NAE_ERA_R-2324_Eesti_Vabariigi_Pohiseaduslik_Assamblee, lk 26
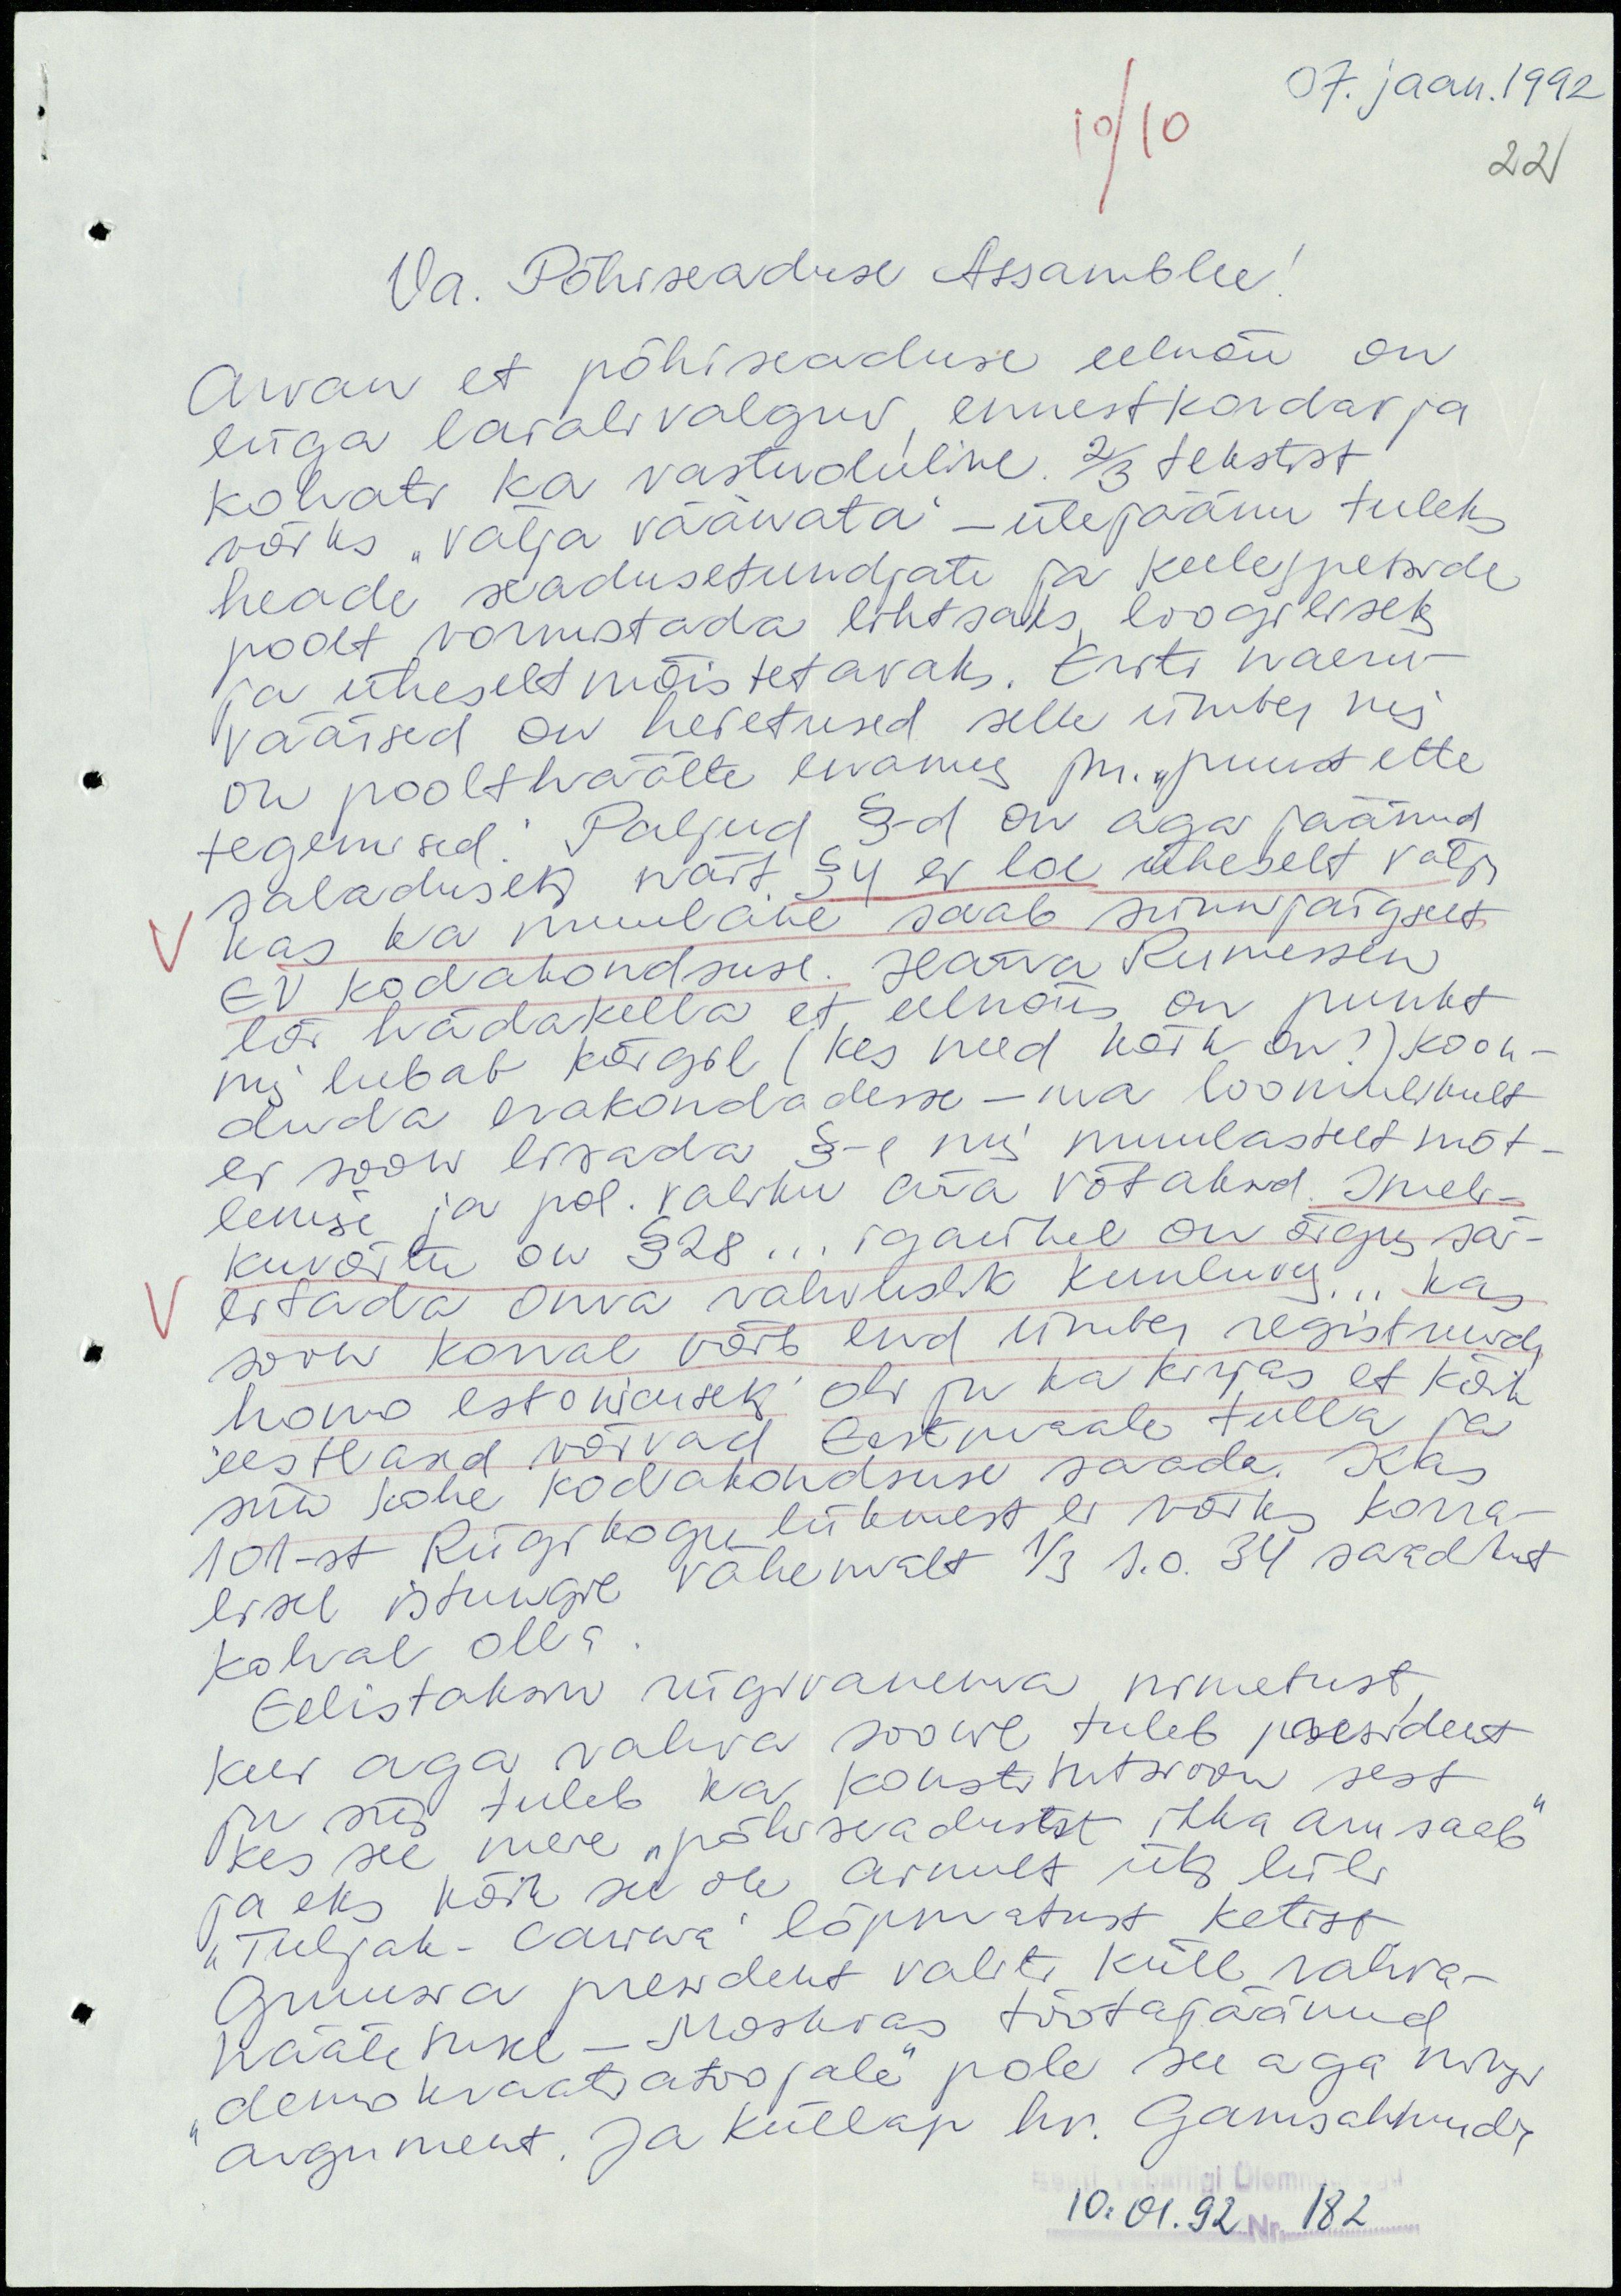
07. jaan. 1992
10/10
22
Va. Põhiseaduse Assamblee!
Arvan et põhiseaduse eelnõu on
liiga laialivalguv, ennest kordav ja
kohati ka vastuoluline. 2/3 tekstist
võiks "välja väänata" - ülejäänu tuleks
heade seadusetundjate ja keelespetside
poolt vormistada lihtsaks, loogiliseks
ja üheselt mõistetavaks. Eriti naeru-
väärsed on heietused selle ümber mis
on poolthäälte enamus jne. "puust ette
tegemised". Paljud §§-d on aga jäänud
saladuseks näit. § 4 ei loe üheselt välja
kas ka muulane saab sünnijärgselt
EV kodakondsuse. Härra Rumessen
lõi hädakella et eelnõus on punkt
mis lubab kõigil (kes need kõik on?) koon-
duda erakondadesse - ma loomulikult
ei soovi lisada §-e mis muulastelt mõt-
lemise ja pol. valiku ära võtaksid. Imeli-
kuvõitu on § 28 ... igaühel on õigus säi-
litada oma rahvuslik kuuluvus ... kas
soovi korral võib end ümber registreerida
homo estonicuseks, oli ju ka kirjas et kõik
eestlased võivad Eestimaale tulla ja
siin kohe kodakondsuse saada. Kas
101-st Riigikogu liikmest ei võiks korra-
lisel istungil vähemalt 1/3 s.o. 34 saadikut
kohal olla.
Eelistaksin riigivanema nimetust,
kui aga rahva soovil tuleb president
ju siis tuleb ka konstitutsioon sest
kes see meie "põhiseadusest ikka aru saab"
ja eks kõik see ole ainult üks lüli
"Tuljak-Carina" lõpmatust ketist.
Gruusia president valiti küll rahva-
hääletusel - Moskvas töötajäänud
"demokraatiatoojale" pole see aga mingi
argument. Ja küllap hr. Gamsahhurdia
10.01.92 Nr. 182